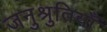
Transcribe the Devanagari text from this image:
जनुश्रुतियाँ